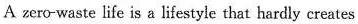
A zero-waste life is a lifestyle that hardly creates